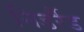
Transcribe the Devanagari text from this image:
निडर्रैड